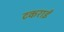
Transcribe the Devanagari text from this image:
टकराईं